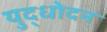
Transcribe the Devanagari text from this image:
युद्धोदन